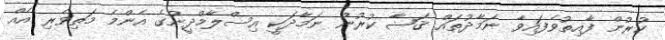
ކުރުން ފާއިތުވެފައިވާ ނަމާދުތައް ޤަޟާ ކުރުން ނަމާދަކީ އިސްލާމްދީނުގެ އެންމެ މަތިވެރި އެއް